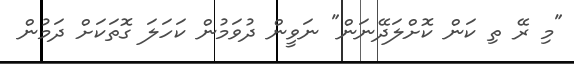
"މި ރޭ ތި ކަން ކޮށްލަދޭނަން" ނަވީން ދުވަމުން ކަހަލަ ގޮތަކަށް ދަމުން